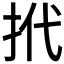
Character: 𢫙